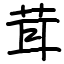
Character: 茸